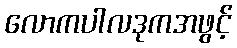
လောကပါလဒုကအဖွင့်